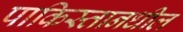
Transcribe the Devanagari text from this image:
पाकिस्तानधील